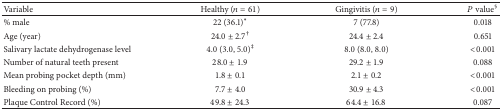
<table><thead><tr><td><b>Variable</b></td><td><b>Healthy (<i>n</i> = 61)</b></td><td><b>Gingivitis (<i>n</i> = 9)</b></td><td><b><i>P</i> value<sup>§</sup></b></td></tr></thead><tbody><tr><td>% male</td><td>22 (36.1)<sup><i>∗</i></sup></td><td>7 (77.8)</td><td>0.018</td></tr><tr><td>Age (year)</td><td>24.0 ± 2.7<sup>†</sup></td><td>24.4 ± 2.4</td><td>0.651</td></tr><tr><td>Salivary lactate dehydrogenase level</td><td>4.0 (3.0, 5.0)<sup>‡</sup></td><td>8.0 (8.0, 8.0)</td><td>&lt;0.001</td></tr><tr><td>Number of natural teeth present</td><td>28.0 ± 1.9</td><td>29.2 ± 1.9</td><td>0.088</td></tr><tr><td>Mean probing pocket depth (mm)</td><td>1.8 ± 0.1</td><td>2.1 ± 0.2</td><td>&lt;0.001</td></tr><tr><td>Bleeding on probing (%)</td><td>7.7 ± 4.0</td><td>30.9 ± 4.3</td><td>&lt;0.001</td></tr><tr><td>Plaque Control Record (%)</td><td>49.8 ± 24.3</td><td>64.4 ± 16.8</td><td>0.087</td></tr></tbody></table>